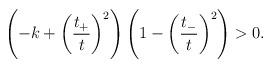
LaTeX: \begin{align*}\left( -k +\left(\frac{t_+}{t}\right)^2\right)\left(1 -\left(\frac{t_-}{t}\right)^2\right) > 0.\end{align*}